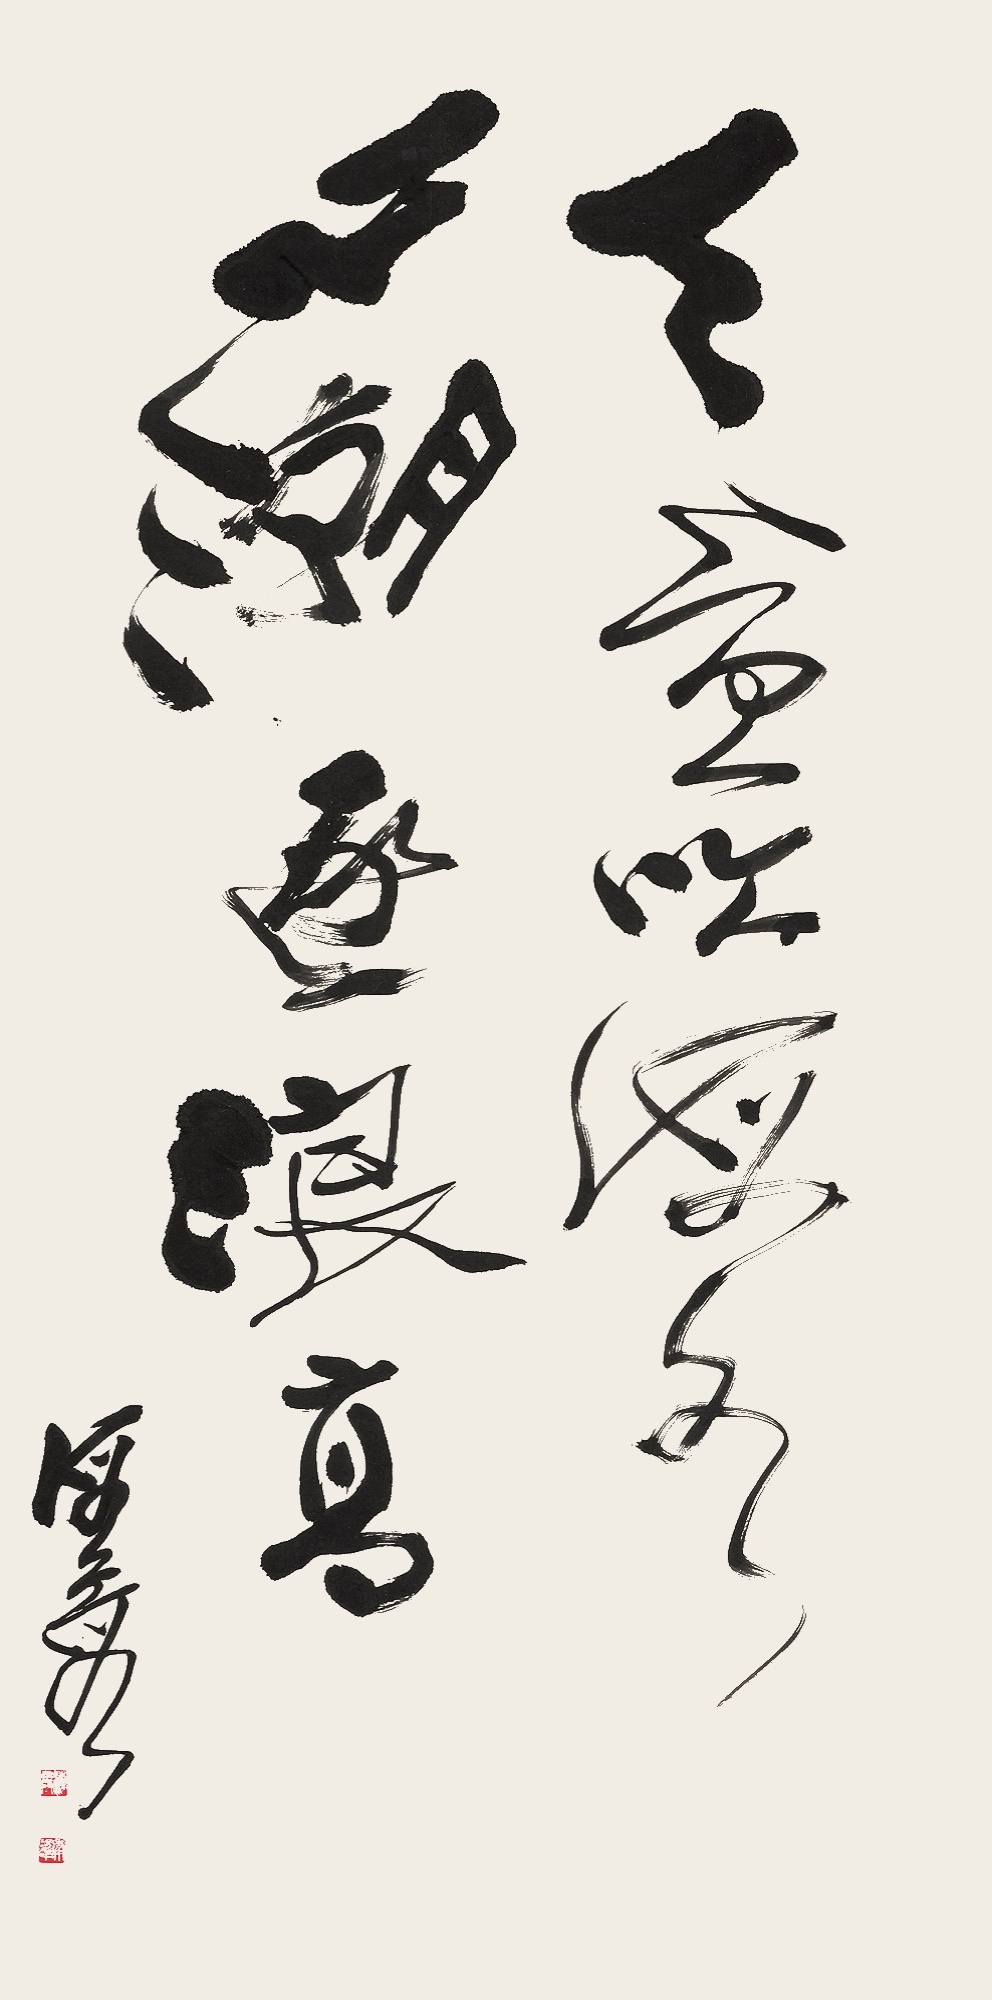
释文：天风吹海水，心潮逐浪高。海霞。